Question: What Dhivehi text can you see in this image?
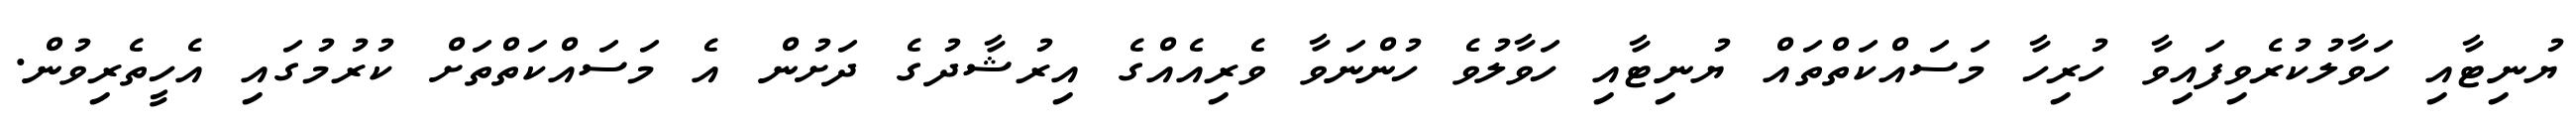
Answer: ޔުނިޓާއި ހަވާލުކުރެވިފައިވާ ހުރިހާ މަސައްކަތްތައް ޔުނިޓާއި ހަވާލުވެ ހުންނަވާ ވެރިއެއްގެ އިރުޝާދުގެ ދަށުން އެ މަސައްކަތްތަށް ކުރުމުގައި އެހީތެރިވުން.